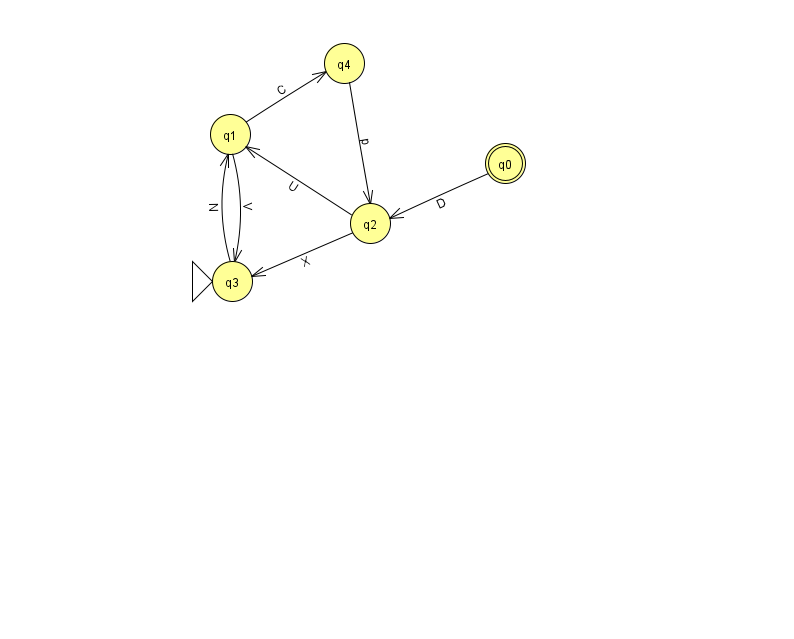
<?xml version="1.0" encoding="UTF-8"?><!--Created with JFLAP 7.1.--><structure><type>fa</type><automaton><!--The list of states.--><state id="0" name="q0"><x>505.0</x><y>150.0</y><final/></state><state id="1" name="q1"><x>230.0</x><y>121.0</y></state><state id="2" name="q2"><x>370.0</x><y>210.0</y></state><state id="3" name="q3"><x>232.0</x><y>268.0</y><initial/></state><state id="4" name="q4"><x>344.0</x><y>50.0</y></state><!--The list of transitions.--><transition><from>2</from><to>1</to><read>U</read></transition><transition><from>2</from><to>3</to><read>X</read></transition><transition><from>3</from><to>1</to><read>N</read></transition><transition><from>0</from><to>2</to><read>D</read></transition><transition><from>4</from><to>2</to><read>p</read></transition><transition><from>1</from><to>3</to><read>V</read></transition><transition><from>1</from><to>4</to><read>C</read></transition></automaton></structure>